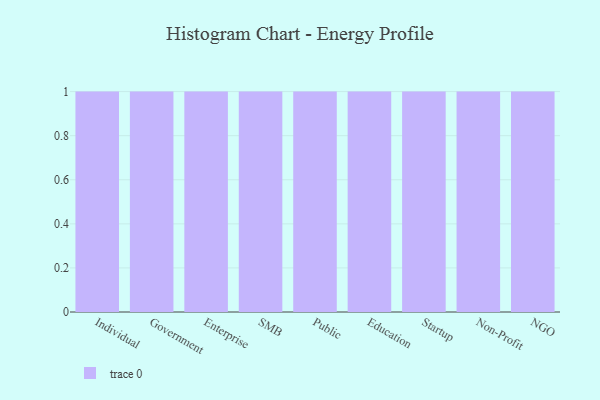
{"axis": {"x": "Segment", "y": "Gross Profit (USD K)"}, "legend": [""], "data": [{"x": "Individual", "y": 91, "type": ""}, {"x": "Government", "y": 57, "type": ""}, {"x": "Enterprise", "y": 71, "type": ""}, {"x": "SMB", "y": 43, "type": ""}, {"x": "Public", "y": 12, "type": ""}, {"x": "Education", "y": 63, "type": ""}, {"x": "Startup", "y": 51, "type": ""}, {"x": "Non-Profit", "y": 62, "type": ""}, {"x": "NGO", "y": 28, "type": ""}]}